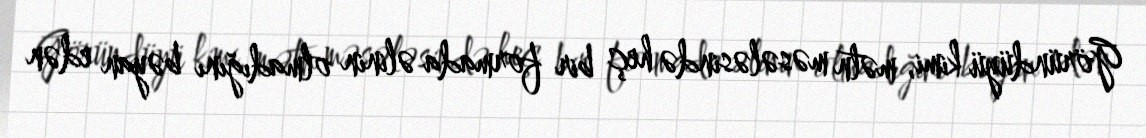
Göründüyü kimi, mətn məsələsində heç bir formada əlinin olmadığını bəyan edən